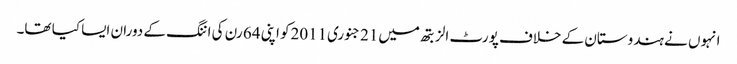
انہوں نے ہندوستان کے خلاف پورٹ الزبتھ میں21 جنوری2011کو اپنی 64 رن کی اننگ کے دوران ایسا کیا تھا۔